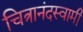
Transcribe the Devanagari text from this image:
चित्रानंदस्वामी